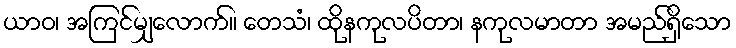
ယာဝ၊ အကြင်မျှလောက်။ တေသံ၊ ထိုနကုလပိတာ၊ နကုလမာတာ အမည်ရှိသော